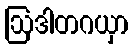
ဩဒါတဂယှာ